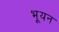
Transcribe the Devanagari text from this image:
भूयन